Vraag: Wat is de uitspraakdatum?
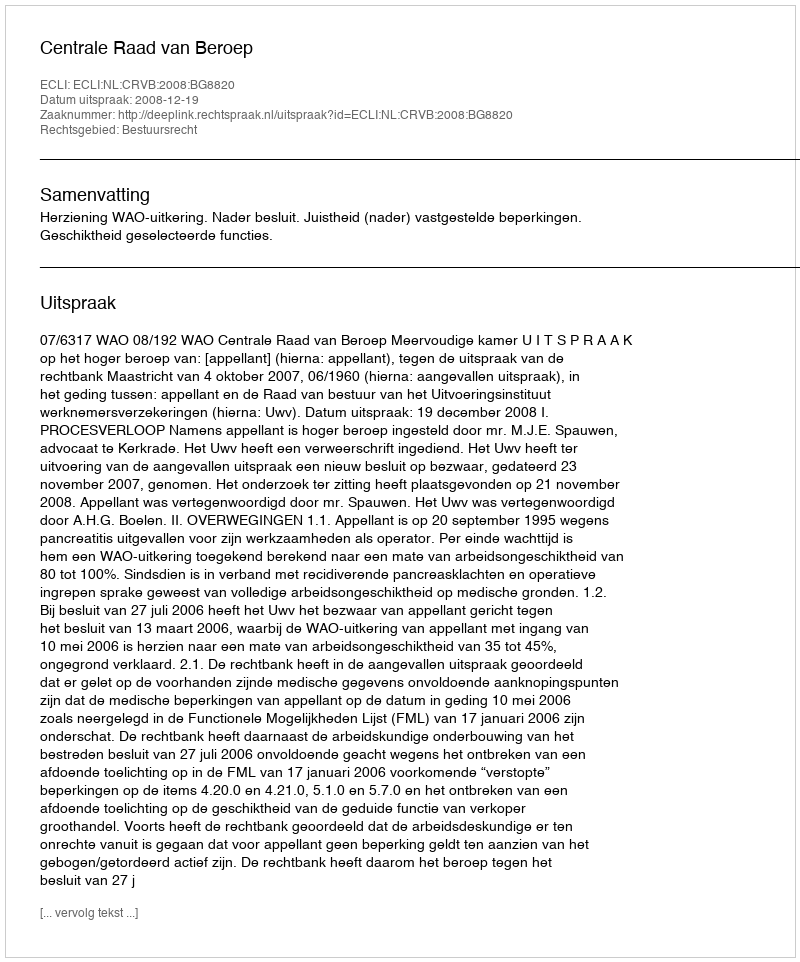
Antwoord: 2008-12-19